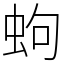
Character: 蚼